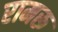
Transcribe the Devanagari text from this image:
रामरू